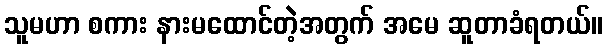
သူမဟာ စကား နားမထောင်တဲ့အတွက် အမေ ဆူတာခံရတယ်။